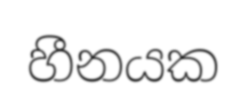
හීනයක